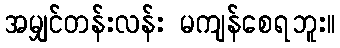
အမျှင်တန်းလန်း မကျန်စေရဘူး။